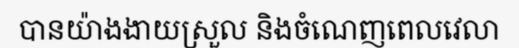
បានយ៉ាងងាយស្រួល និងចំណេញពេលវេលា